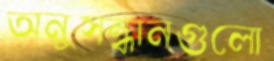
অনুসন্ধানগুলো